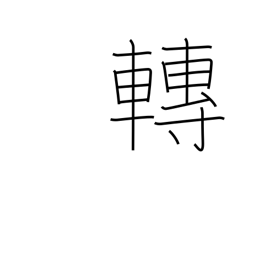
Meaning: move